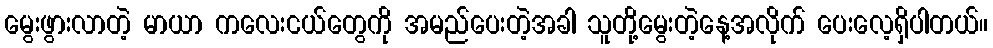
မွေးဖွားလာတဲ့ မာယာ ကလေးငယ်တွေကို အမည်ပေးတဲ့အခါ သူတို့မွေးတဲ့နေ့အလိုက် ပေးလေ့ရှိပါတယ်။